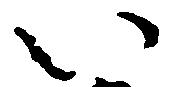
い